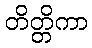
တိတ္တိကာ